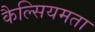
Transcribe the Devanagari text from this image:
कैल्सियमता